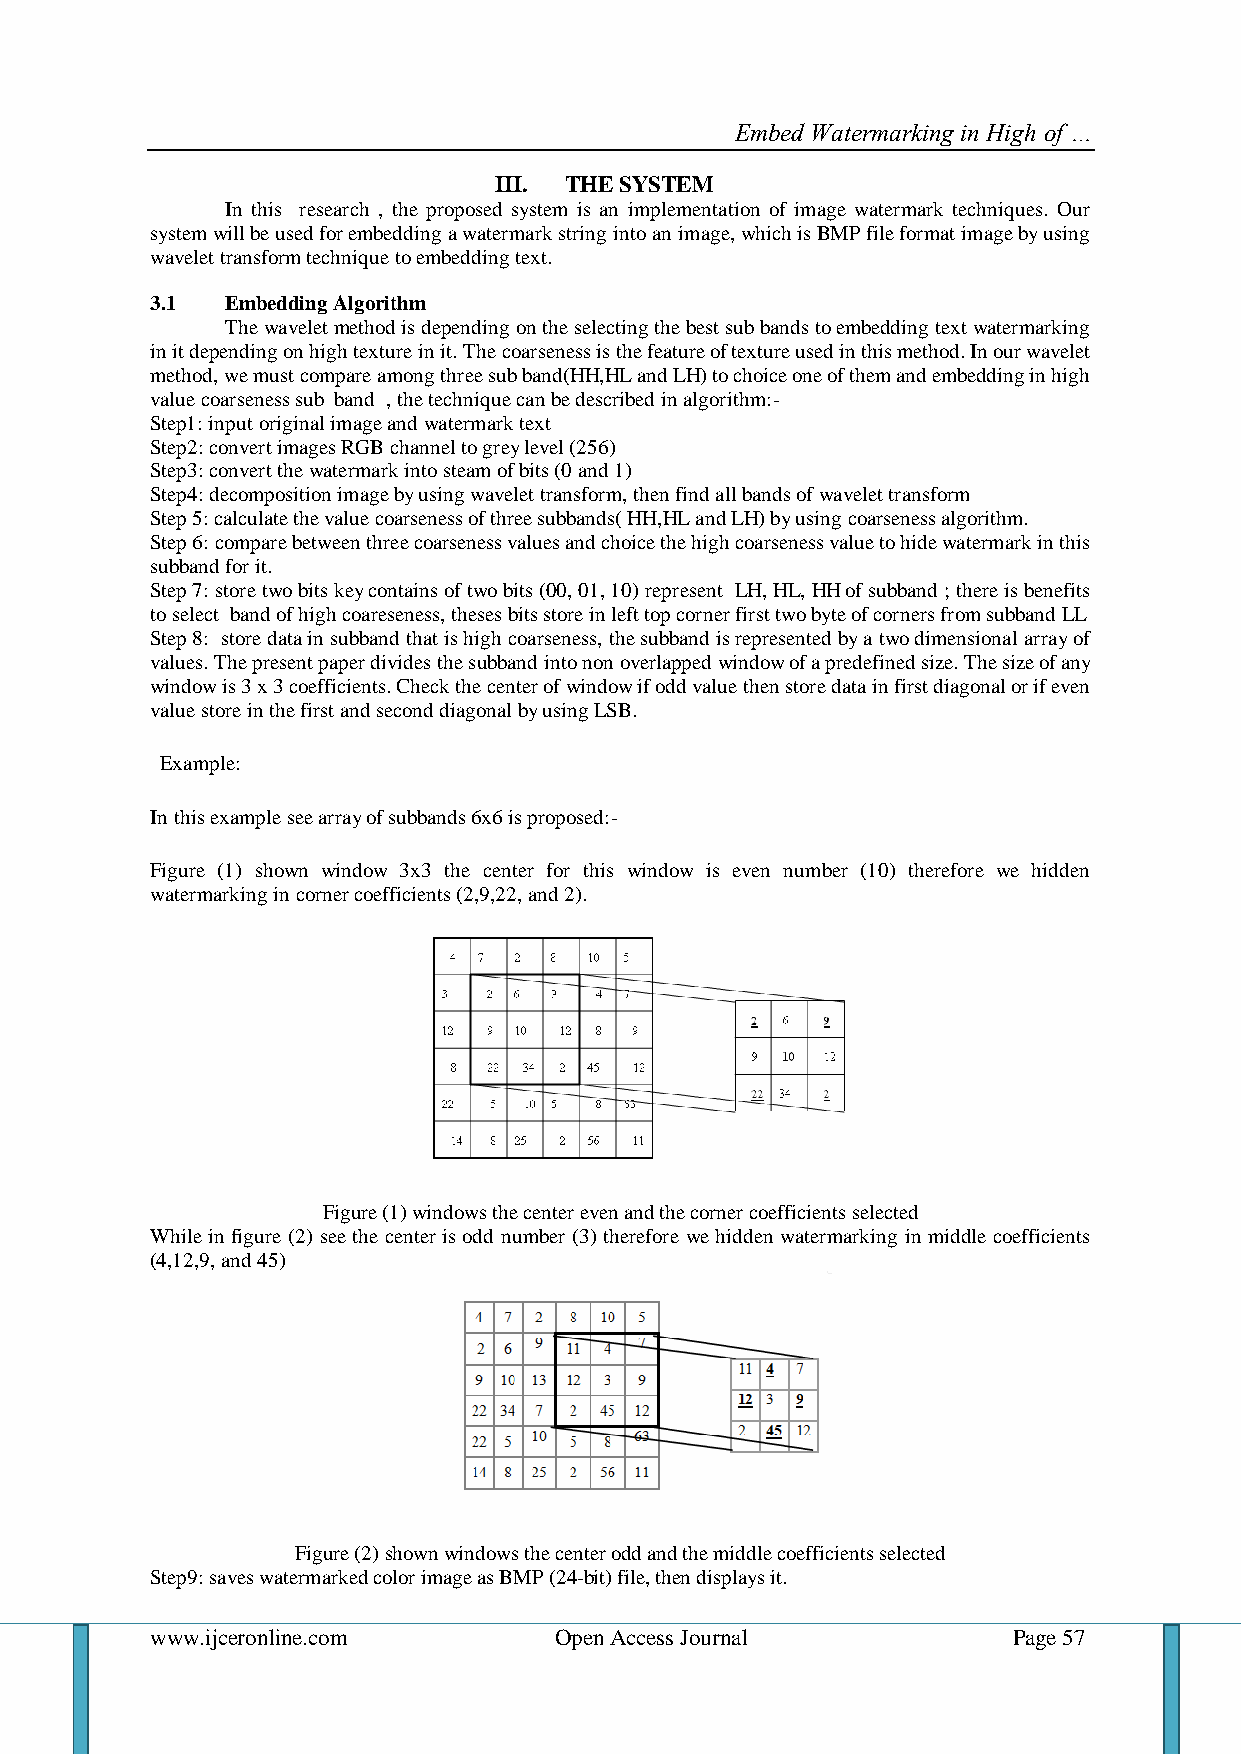
Embed Watermarking in High of …
 III. THE SYSTEM
 In this research , the proposed system is an implementation of image watermark techniques. Our
 system will be used for embedding a watermark string into an image, which is BMP file format image by using
 wavelet transform technique to embedding text.
 3.1  Embedding Algorithm
 The wavelet method is depending on the selecting the best sub bands to embedding text watermarking
 in it depending on high texture in it. The coarseness is the feature of texture used in this method. In our wavelet
 method, we must compare among three sub band(HH,HL and LH) to choice one of them and embedding in high
 value coarseness sub band , the technique can be described in algorithm:-
 Step1: input original image and watermark text
 Step2: convert images RGB channel to grey level (256)
 Step3: convert the watermark into steam of bits (0 and 1)
 Step4: decomposition image by using wavelet transform, then find all bands of wavelet transform
 Step 5: calculate the value coarseness of three subbands( HH,HL and LH) by using coarseness algorithm.
 Step 6: compare between three coarseness values and choice the high coarseness value to hide watermark in this
 subband for it.
 Step 7: store two bits key contains of two bits (00, 01, 10) represent LH, HL, HH of subband ; there is benefits
 to select band of high coareseness, theses bits store in left top corner first two byte of corners from subband LL
 Step 8: store data in subband that is high coarseness, the subband is represented by a two dimensional array of
 values. The present paper divides the subband into non overlapped window of a predefined size. The size of any
 window is 3 x 3 coefficients. Check the center of window if odd value then store data in first diagonal or if even
 value store in the first and second diagonal by using LSB.
 Example:
 In this example see array of subbands 6x6 is proposed:-
 Figure (1) shown window 3x3 the center for this window is even number (10) therefore we hidden
 watermarking in corner coefficients (2,9,22, and 2).
 Figure (1) windows the center even and the corner coefficients selected
 While in figure (2) see the center is odd number (3) therefore we hidden watermarking in middle coefficients
 (4,12,9, and 45)
 Figure (2) shown windows the center odd and the middle coefficients selected
 Step9: saves watermarked color image as BMP (24-bit) file, then displays it.
 www.ijceronline.com        Open Access Journal           Page 57